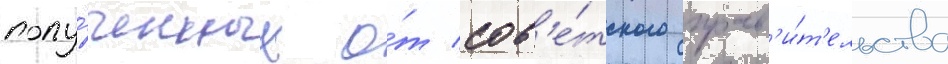
полу́ченных о́т сов'е́тского прав'и́т'ельства